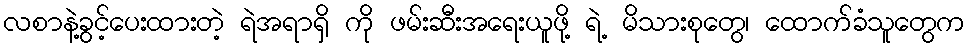
လစာနဲ့ခွင့်ပေးထားတဲ့ ရဲအရာရှိ ကို ဖမ်းဆီးအရေးယူဖို့ ရဲ့ မိသားစုတွေ၊ ထောက်ခံသူတွေက